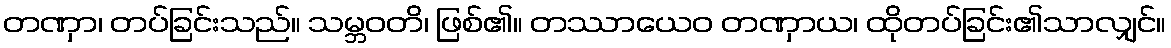
တဏှာ၊ တပ်ခြင်းသည်။ သမ္ဘဝတိ၊ ဖြစ်၏။ တဿာယေဝ တဏှာယ၊ ထိုတပ်ခြင်း၏သာလျှင်။